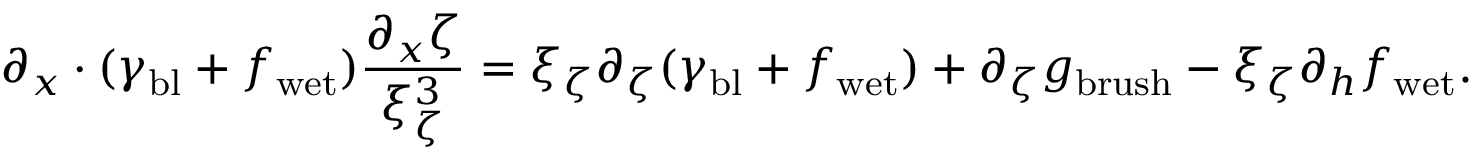
\partial _ { x } \cdot ( \gamma _ { \mathrm { b l } } + f _ { \mathrm { w e t } } ) \frac { \partial _ { x } \zeta } { \xi _ { \zeta } ^ { 3 } } = \xi _ { \zeta } \partial _ { \zeta } ( \gamma _ { \mathrm { b l } } + f _ { \mathrm { w e t } } ) + \partial _ { \zeta } g _ { \mathrm { b r u s h } } - \xi _ { \zeta } \partial _ { h } f _ { \mathrm { w e t } } .